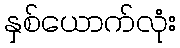
နှစ်ယောက်လုံး